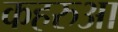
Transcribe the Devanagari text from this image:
कहरुआ